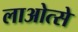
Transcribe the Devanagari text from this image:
लाओत्से